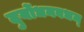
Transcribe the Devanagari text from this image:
दुर्योधनवधम्